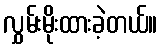
လွှမ်းမိုးထားခဲ့တယ်။